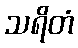
သရိတံ